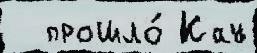
  прошло́ Кау